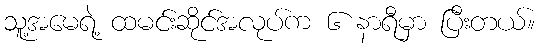
သူ့အမေရဲ့ ထမင်းဆိုင်အလုပ်က ၆ နာရီမှာ ပြီးတယ်။